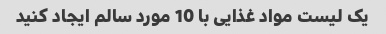
یک لیست مواد غذایی با 10 مورد سالم ایجاد کنید